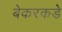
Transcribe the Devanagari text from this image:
बेकरकडे